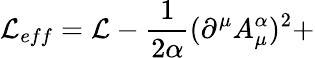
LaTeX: {\cal L}_{eff}={\cal L}-\frac 1{2\alpha}(\partial^{\mu}A_{\mu}^{\alpha})^{2}+